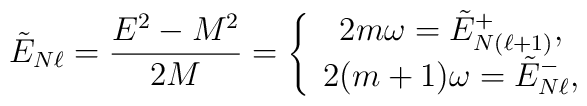
\tilde{E}_{N\ell } = {E^{2}- M^{2}\over 2M} =\left\{\begin{array}{c}2m\omega  = \tilde{E}^{+}_{N(\ell +1)},\\2(m+1)\omega  = \tilde{E}^{-}_{N\ell },\end{array}\right.